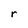
Character: r